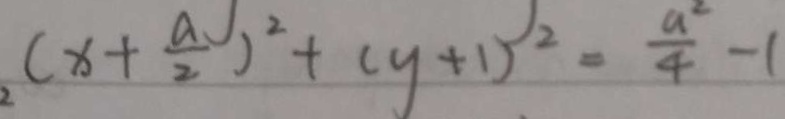
( x + \frac { a } { 2 } ) ^ { 2 } + ( y + 1 ) ^ { 2 } = \frac { a ^ { 2 } } { 4 } - 1